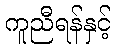
ကူညီရန်နှင့်